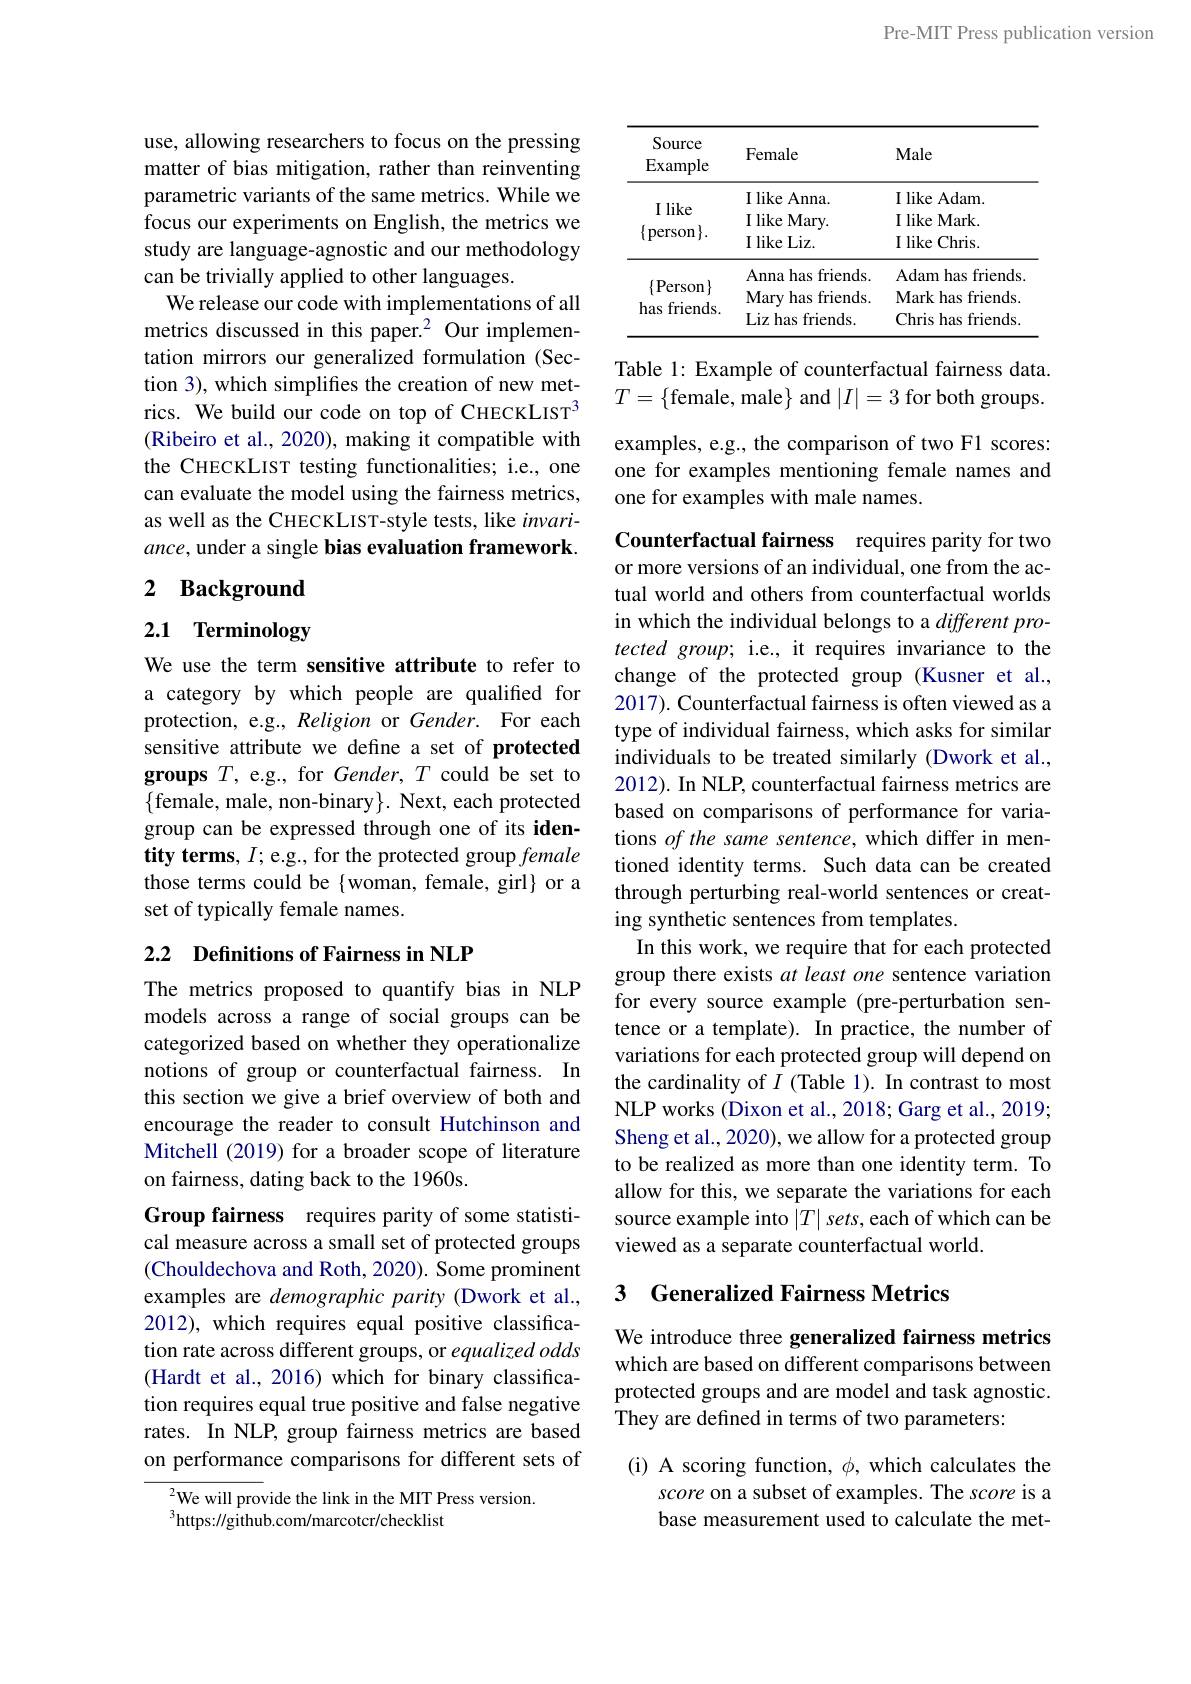
Pre-MIT Press publication version

use, allowing researchers to focus on the pressing matter of bias mitigation, rather than reinventing parametric variants of the same metrics. While we focus our experiments on English, the metrics we study are language-agnostic and our methodology can be trivially applied to other languages.
We release our code with implementations of all metrics discussed in this paper.$^{2}$ Our implementation mirrors our generalized formulation (Section 3), which simplifies the creation of new metrics. We build our code on top of CHECKLIST$^3$ (Ribeiro et al., 2020), making it compatible with the CHECKLIST testing functionalities; i.e., one can evaluate the model using the fairness metrics, as well as the CHECKLIST-style tests, like $invari-$ ance, under a single bias evaluation framework.

## 2 Background

## 2.1 Terminology

We use the term sensitive attribute to refer to a category by which people are qualified for protection, e.g., Religion or Gender. For each sensitive attribute we define a set of protected groups $T$, e.g., for Gender, $T$ could be set to $\{$female, male, non-binary$\}.$ Next, each protected group can be expressed through one of its identity terms, $I;$e.g., for the protected group female those terms could be {woman, female, girl} or a set of typically female names.

## 2.2 Definitions of Fairness in NLP

The metrics proposed to quantify bias in NLP models across a range of social groups can be categorized based on whether they operationalize notions of group or counterfactual fairness. In this section we give a brief overview of both and encourage the reader to consult Hutchinson and Mitchell (2019) for a broader scope of literature on fairness, dating back to the 1960s.

Group fairness requires parity of some statistical measure across a small set of protected groups (Chouldechova and Roth, 2020). Some prominent examples are demographic parity (Dwork et al., 2012), which requires equal positive classification rate across different groups, or equalized odds (Hardt et al., 2016) which for binary classification requires equal true positive and false negative rates. In NLP, group fairness metrics are based on performance comparisons for different sets of

$^{2}$We will provide the link in the MIT Press version.
$^{3}$https://github.com/marcotcr/checklist

<table>
	<tbody>
		<tr>
			<th>Source $\operatorname{Example}$</th>
			<th>Female</th>
			<th>Male</th>
		</tr>
		<tr>
			<td>Ilds IICIIUS.</td>
			<td>Liz has friends.</td>
			<td>Chris has friends.</td>
		</tr>
	</tbody>
</table>

Table 1: Example of counterfactual fairness data. $T=\{$female, male$\}$ and $|I|=3$ for both groups.

examples, e.g., the comparison of two F1 scores: one for examples mentioning female names and one for examples with male names.

Counterfactual fairness requires parity for two or more versions of an individual, one from the actual world and others from counterfactual worlds in which the individual belongs to a $differentpro-$ tected group; i.e., it requires invariance to the change of the protected group (Kusner et al., 2017). Counterfactual fairness is often viewed as a type of individual fairness, which asks for similar individuals to be treated similarly (Dwork et al., 2012). In NLP, counterfactual fairness metrics are based on comparisons of performance for variations of the same sentence, which differ in mentioned identity terms. Such data can be created through perturbing real-world sentences or creating synthetic sentences from templates.
In this work, we require that for each protected group there exists at least one sentence variation for every source example (pre-perturbation sentence or a template). In practice, the number of variations for each protected group will depend on the cardinality of $I$ (Table 1). In contrast to most NLP works (Dixon et al., 2018; Garg et al., 2019; Sheng et al., 2020), we allow for a protected group to be realized as more than one identity term. To allow for this, we separate the variations for each source example into $| T| \textit{sets, each of which can be}$ viewed as a separate counterfactual world.

## 3 Generalized Fairness Metrics

We introduce three generalized fairness metrics which are based on different comparisons between protected groups and are model and task agnostic. They are defined in terms of two parameters:

(i) A scoring function, $\phi$, which calculates the
score on a subset of examples. The score is a base measurement used to calculate the met-